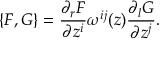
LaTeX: \{ F , G \} = { \frac { \partial _ { r } F } { \partial z ^ { i } } } \omega ^ { i j } ( z ) { \frac { \partial _ { l } G } { \partial z ^ { j } } } .